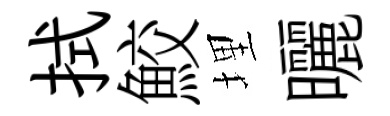
拭鮫埋曬